Senior Leaving Certificate Examination (including Day School Certificate (Higher) General paper), 1947
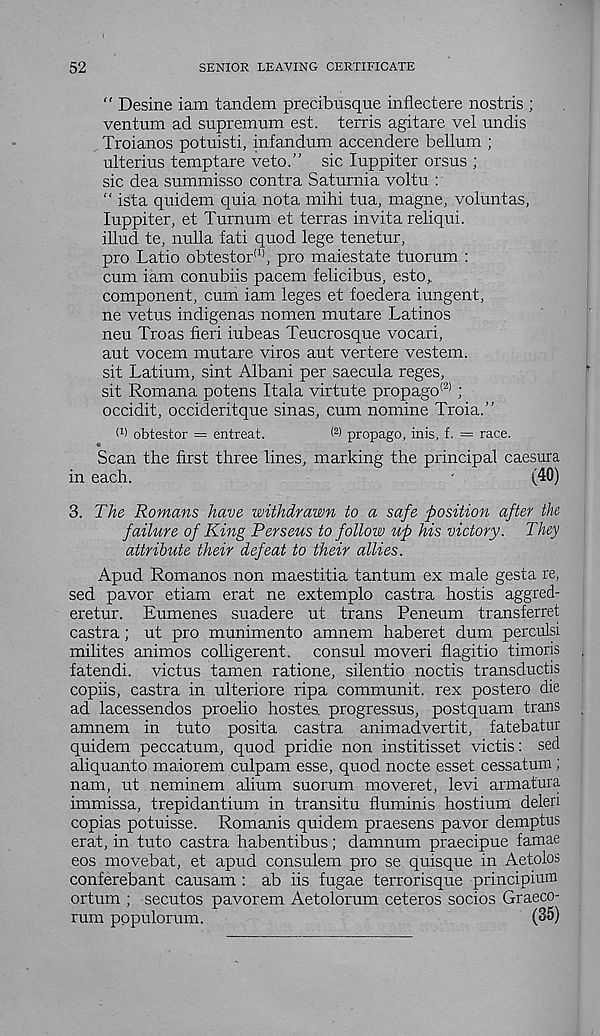
52
SENIOR LEAVING CERTIFICATE
“ Desine iam tandem precibusque inflect ere nostris ;
ventum ad supremum est. terris agitare vel undis
Troianos potuisti, infandum accendere bellum ;
ulterius temptare veto.” sic luppiter orsus ;
sic dea summisso contra Saturnia voltu :
" ista quidem quia nota mihi tua, magne, voluntas,
luppiter, et Turnum et terras invita reliqui.
illud te, nulla fati quod lege tenetur,
pro Latio obtestor (1) , pro maiestate tuorum :
cum iam conubiis pacem felicibus, esto,.
component, cum iam leges et foedera iungent,
ne vetus indigenas nomen mutare Latinos
neu Troas fieri iubeas Teucrosque vocari,
aut vocem mutare viros aut vertere vestem.
sit Latium, sint Albani per saecula reges,
sit Romana potens Itala virtute propago (2) ;
occidit, occideritque sinas, cum nomine Troia.”
W obtestor = entreat.
( 2 > propago, inis, f. = race.
Scan the first three lines, marking the principal caesura
in each.
'
(40)
3. The Romans have withdrawn to a safe position after the
failure of King Perseus to follow up his victory. They
attribute their defeat to their allies.
Apud Romanos non maestitia tantum ex male gesta re,
sed pavor etiam erat ne extemplo castra hostis aggred-
eretur. Eumenes suadere ut trans Peneum transferret
castra; ut pro munimento amnem haberet dum perculsi
milites animos colligerent. consul mover! flagitio timoris
fatendi. victus tamen ratione, silentio noctis transductis
copiis, castra in ulteriore ripa communit. rex poster© die
ad lacessendos proelio hostes. progressus, postquam trans
amnem in tuto posita castra animadvertit, fatebatur
quidem peccatum, quod pridie non institisset victis: sed
aliquanto maiorem culpam esse, quod nocte esset cessatum ;
nam, ut neminem alium suorum moveret, levi armatura
immissa, trepidantium in transitu fluminis hostium deleri
copias potuisse. Romanis quidem praesens pavor demptus
erat, in tuto castra habentibus; damnum praecipue famae
eos movebat, et apud consulem pro se quisque in Aetolos
conferebant causam : ab iis fugae terrorisque principium
ortum ; secutos pavorem Aetolorum ceteros socios Graeco-
rum pppulorum.
(35)